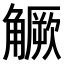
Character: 𧤼